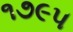
૧૭૯૫